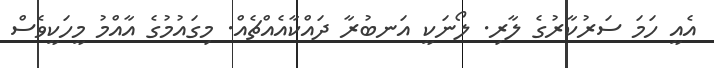
އެއީ ހަމަ ސަރުކާރުގެ ލާރި. ލޯނަކީ އަނބުރާ ދައްކާއެއްޗެއް. މިގައުމުގެ އާއްމު މީހަކީވެސް